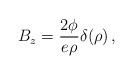
LaTeX: \begin{align*}B_z = {2\phi\over e\rho} \delta(\rho) \,,\end{align*}